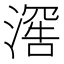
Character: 𬈯